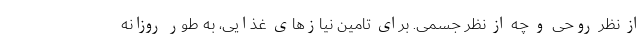
از نظر روحی و چه از نظر جسمی. برای تامین نیازهای غذایی، به طور روزانه